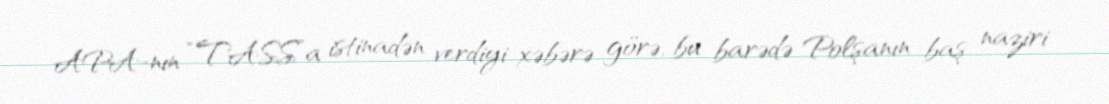
APA-nın “TASS”a istinadən verdiyi xəbərə görə, bu barədə Polşanın baş naziri